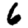
Digit: 6